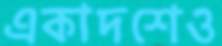
একাদশেও